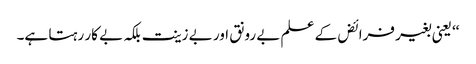
‘‘ یعنی بغیر فرائض کے علم بے رونق اور بے زینت بلکہ بے کار رہتا ہے۔